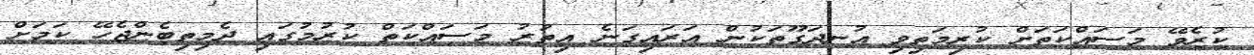
ކުރެވޭ މަސައްކަތަށް ކުރިމަތިވި އުނދަގޫތަކުން އަރައިގަނެ އިތުރު މަސައްކަތް ކުރުމުގައި ދެމިތިބެންޖެހޭ ކަމަށް